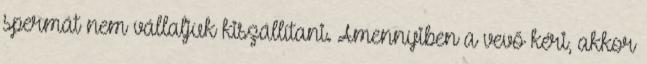
spermát nem vállaljuk kiszállítani. Amennyiben a vevő kéri, akkor